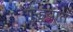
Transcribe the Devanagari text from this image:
गुन्हय़ात